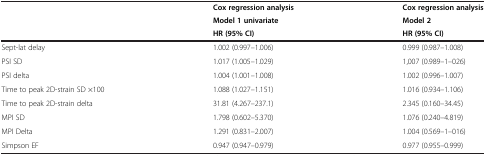
| <ROWSPAN=2>  | Cox regression analysis | Cox regression analysis |
 | Model 1 univariate | Model 2 |
 |  | HR (95% CI) | HR (95% CI) |
 | --- | --- | --- |
 | Sept-lat delay | 1.002 (0.997–1.006) | 0.999 (0.987–1.008) |
 | PSI SD | 1.017 (1.005–1.029) | 1,007 (0.989–1–026) |
 | PSI delta | 1.004 (1.001–1.008) | 1.002 (0.996–1.007) |
 | Time to peak 2D-strain SD ×100 | 1.088 (1.027–1.151) | 1.016 (0.934–1.106) |
 | Time to peak 2D-strain delta | 31.81 (4.267–237.1) | 2.345 (0.160–34.45) |
 | MPI SD | 1.798 (0.602–5.370) | 1.076 (0.240–4.819) |
 | MPI Delta | 1.291 (0.831–2.007) | 1.004 (0.569–1–016) |
 | Simpson EF | 0.947 (0.947–0.979) | 0.977 (0.955–0.999) |